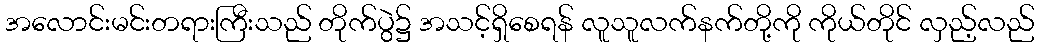
အလောင်းမင်းတရားကြီးသည် တိုက်ပွဲ၌ အသင့်ရှိစေရန် လူသူလက်နက်တို့ကို ကိုယ်တိုင် လှည့်လည်